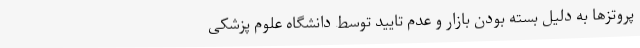
پروتزها به دلیل بسته بودن بازار و عدم تایید توسط دانشگاه علوم پزشکی